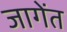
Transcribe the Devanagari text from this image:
जागेंत